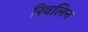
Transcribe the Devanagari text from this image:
रिवलिन